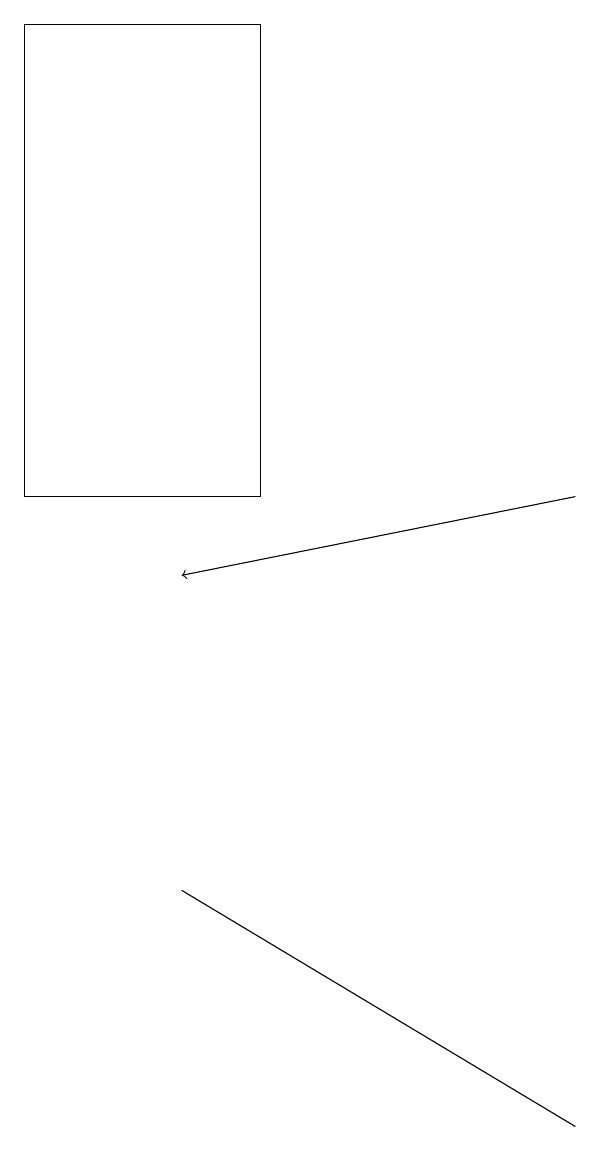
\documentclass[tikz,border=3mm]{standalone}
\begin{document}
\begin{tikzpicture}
\draw (4,19) rectangle (1,13);
\draw (8,5) -- (8,5) -- (3,8) -- cycle;
\draw[->] (8,13) -- (3,12);
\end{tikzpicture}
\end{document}